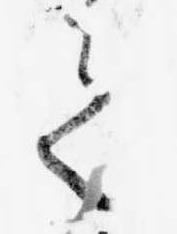
て